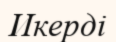
Икерді